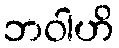
ဘဝါဟိ